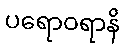
ပရောဝရာနိ